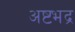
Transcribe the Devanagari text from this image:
अष्टभद्र